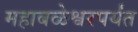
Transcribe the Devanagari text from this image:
महाबळेश्वरपर्यंत